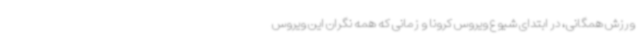
ورزش همگانی، در ابتدای شیوع ویروس کرونا و زمانی که همه نگران این ویروس